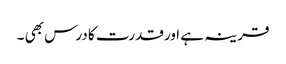
قرینہ ہے اورقدرت کا درس بھی ۔